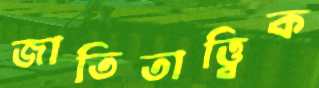
জাতিতাত্ত্বিক